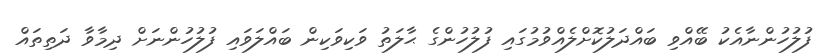
ފުލުހުންނާއެކު ބޭއްވި ބައްދަލުކޮށްލެއްވުމުގައި ފުލުހުންގެ ޙާލަތު ވަކިވަކިން ބައްލަވައި ފުލުހުންނަށް ދިމާވާ ދަތިތައް